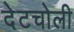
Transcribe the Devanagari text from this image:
देटचोली